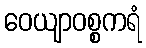
ဝေယျာဝစ္စကရံ